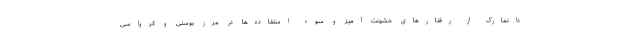
دانمارک از رفتارهای خشونت آمیز و سوء استفاده‌ها در مرز بوسنی و کرواسی